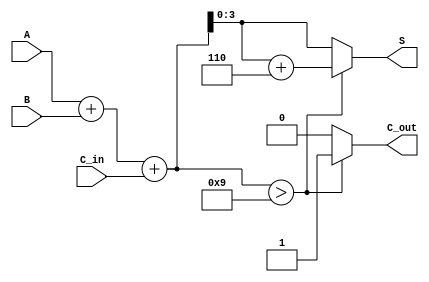
module BCD_Adder (
    input  [3:0] A,       // First BCD digit
    input  [3:0] B,       // Second BCD digit
    input        C_in,     // Carry-in
    output reg [3:0] S,   // Sum output (BCD)
    output reg C_out      // Carry-out
);

    wire [4:0] binary_sum; // 5 bits to hold the sum (A + B + C_in)
    
    // Perform binary addition
    assign binary_sum = A + B + C_in;

    always @(*) begin
        // Initialize outputs
        S = 4'b0000;
        C_out = 1'b0;

        // Check if binary sum exceeds BCD limit
        if (binary_sum > 4'b1001) begin
            // Adjust for BCD if sum is greater than 9
            S = binary_sum + 4'b0110; // Add 6 to correct the sum
            C_out = 1'b1;              // Set carry-out
        end else begin
            // If valid BCD, output the binary sum directly
            S = binary_sum[3:0];      // Use only the lower 4 bits
        end
    end
endmodule